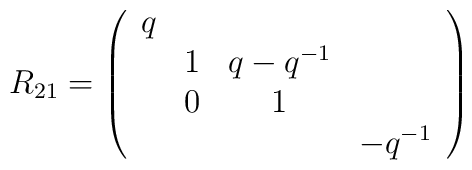
R_{21}=\left(\begin{array}{cccc}q& & & \\&1&q-q^{-1}& \\&0&1& \\&&&-q^{-1}\end{array}\right)